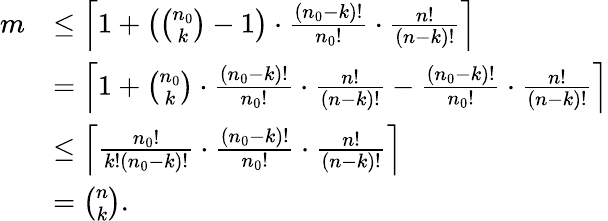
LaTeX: \begin{array}{rl}{m}&{\leq\left\lceil 1+\left(\binom{n_{0}}{k}-1\right)\cdot\frac{(n_{0}-k)!}{n_{0}!}\cdot\frac{n!}{(n-k)!}\right\rceil}\\ &{=\left\lceil 1+\binom{n_{0}}{k}\cdot\frac{(n_{0}-k)!}{n_{0}!}\cdot\frac{n!}{(n-k)!}-\frac{(n_{0}-k)!}{n_{0}!}\cdot\frac{n!}{(n-k)!}\right\rceil}\\ &{\leq\left\lceil\frac{n_{0}!}{k!(n_{0}-k)!}\cdot\frac{(n_{0}-k)!}{n_{0}!}\cdot\frac{n!}{(n-k)!}\right\rceil}\\ &{=\binom{n}{k}.}\end{array}